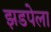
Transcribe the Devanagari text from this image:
झडपेला